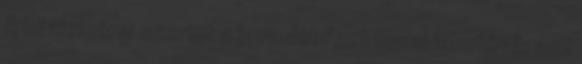
A közlemény szerint a javaslat "azt teszi lehetővé, ami